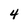
Character: 4